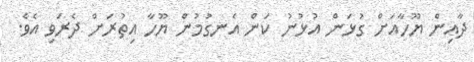
ދާއިން ޔޫހާއަށް ގުޅަން އުޅުނު ކަން އެނގުމުން ޔޫހާ އިތުރަށް ދެރަވި އެވެ.